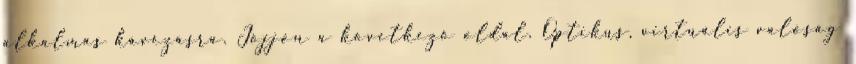
alkalmas kávézásra. Jöjjön a következő oldal. Optikus, virtuális valóság